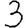
Digit: 3